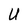
Character: U